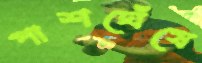
পাশঘেঁষে